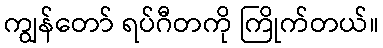
ကျွန်တော် ရပ်ဂီတကို ကြိုက်တယ်။